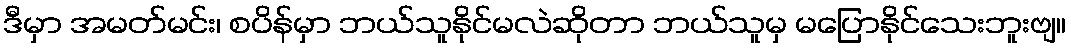
ဒီမှာ အမတ်မင်း၊ စပိန်မှာ ဘယ်သူနိုင်မလဲဆိုတာ ဘယ်သူမှ မပြောနိုင်သေးဘူးဗျ။